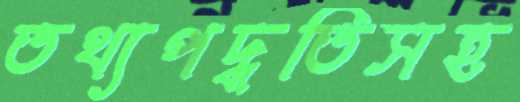
তথ্যপদ্ধতিসহ